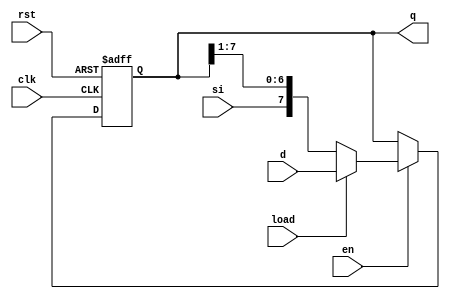
// Shift right register
// load enable external load
// enable is global
module shiftr_reg
    #(parameter WIDTH=8)
    (
        input  clk, rst, en, load, si, 
        input  [WIDTH-1:0] d, 
        output [WIDTH-1:0] q);

reg [WIDTH-1:0] sreg;

always @(posedge clk or posedge rst)
    begin
    if (rst)
        sreg = 0;        
    else if (en)
        if (load) 
            sreg = d;
        else 
            sreg = {si, sreg[WIDTH-1:1]};
end

assign q = sreg;

endmodule